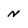
Character: n